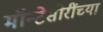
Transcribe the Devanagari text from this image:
मॉन्टेसोरींच्या